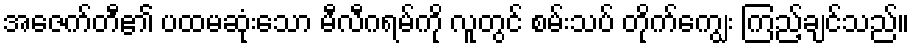
အေဇက်တီ၏ ပထမဆုံးသော မီလီဂရမ်ကို လူတွင် စမ်းသပ် တိုက်ကျွေး ကြည့်ချင်သည်။